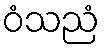
ဝံသညံ